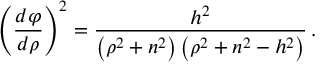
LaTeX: \left( { \frac { d \varphi } { d \rho } } \right) ^ { 2 } = { \frac { h ^ { 2 } } { \left( \rho ^ { 2 } + n ^ { 2 } \right) \left( \rho ^ { 2 } + n ^ { 2 } - h ^ { 2 } \right) } } \, .